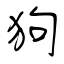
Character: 狗